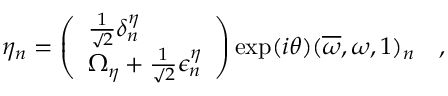
\eta _ { n } = \left( \begin{array} { l } { { { \frac { 1 } { \surd 2 } } \delta _ { n } ^ { \eta } } } \\ { { \Omega _ { \eta } + { \frac { 1 } { \surd 2 } } \epsilon _ { n } ^ { \eta } } } \end{array} \right) \exp ( i \theta ) ( \overline { { \omega } } , \omega , 1 ) _ { n } ~ ~ ~ ,